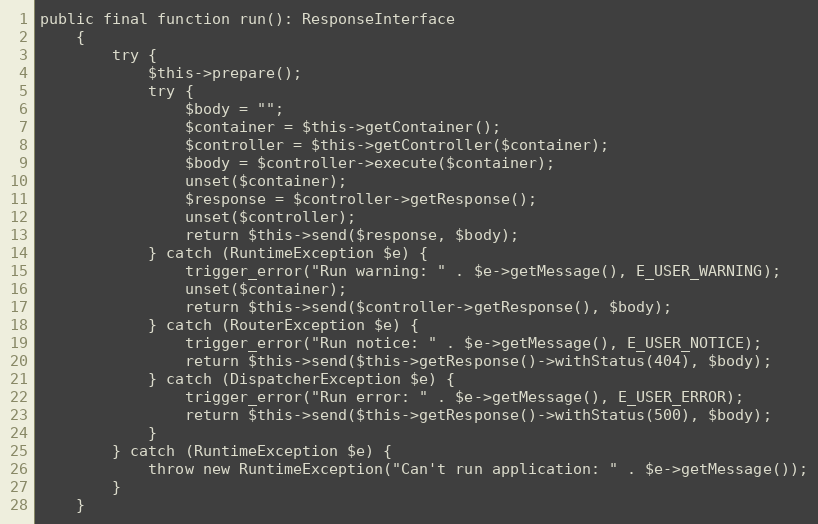
Language: PHP
public final function run(): ResponseInterface
    {
        try {
            $this->prepare();
            try {
                $body = "";
                $container = $this->getContainer();
                $controller = $this->getController($container);
                $body = $controller->execute($container);
                unset($container);
                $response = $controller->getResponse();
                unset($controller);
                return $this->send($response, $body);
            } catch (RuntimeException $e) {
                trigger_error("Run warning: " . $e->getMessage(), E_USER_WARNING);
                unset($container);
                return $this->send($controller->getResponse(), $body);
            } catch (RouterException $e) {
                trigger_error("Run notice: " . $e->getMessage(), E_USER_NOTICE);
                return $this->send($this->getResponse()->withStatus(404), $body);
            } catch (DispatcherException $e) {
                trigger_error("Run error: " . $e->getMessage(), E_USER_ERROR);
                return $this->send($this->getResponse()->withStatus(500), $body);
            }
        } catch (RuntimeException $e) {
            throw new RuntimeException("Can't run application: " . $e->getMessage());
        }
    }